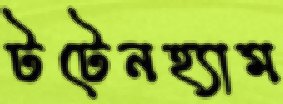
টটেনহ্যাম